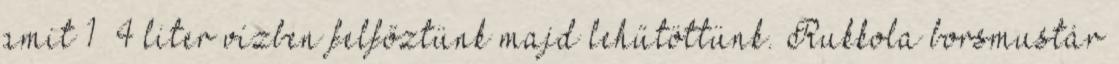
amit 1 4 liter vízben felfőztünk majd lehűtöttünk. Rukkola borsmustár